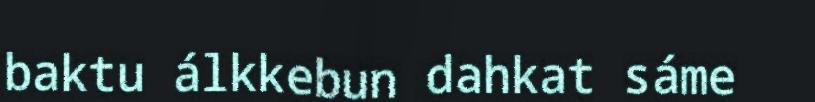
baktu álkkebun dahkat sáme